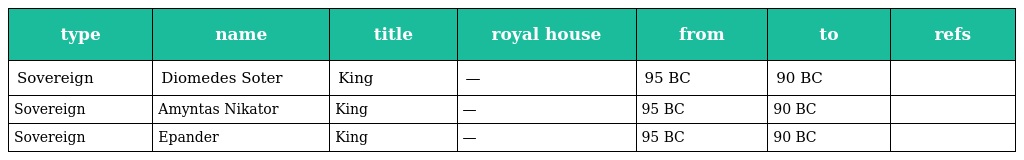
| type | name | title | royal house | from | to | refs |
 | --- | --- | --- | --- | --- | --- | --- |
 | Sovereign | Diomedes Soter | King | — | 95 BC | 90 BC |  |
 | Sovereign | Amyntas Nikator | King | — | 95 BC | 90 BC |  |
 | Sovereign | Epander | King | — | 95 BC | 90 BC |  |